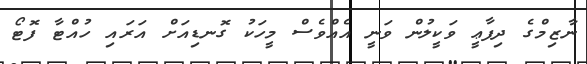
ނާޒިމްގެ ދިފާޢީ ވަކީލުން ވަނީ އެއްވެސް މީހަކު ގޮނޑިއަށް އަރައި ހުއްޓާ ފޮޓޯ